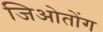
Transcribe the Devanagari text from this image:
जिओतोंग